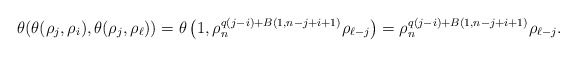
\begin{align*}\theta (\theta(\rho_{j}, \rho_{i}), \theta(\rho_{j}, \rho_{\ell}))&=\theta\left(1,\rho_n^{q(j-i)+B(1,n-j+i+1)} \rho_{\ell-j}\right)=\rho_n^{q(j-i)+B(1,n-j+i+1)} \rho_{\ell-j}.\end{align*}